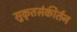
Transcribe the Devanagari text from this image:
सुकृतसंकीर्तन